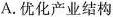
A.优化产业结构